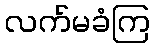
လက်မခံကြ